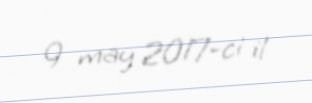
9 may 2017-ci il